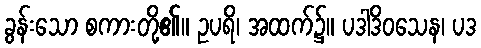
ခွန်းသော စကားတို့၏။ ဥပရိ၊ အထက်၌။ ပဒါဒိဝသေန၊ ပဒ